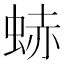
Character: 𧋒